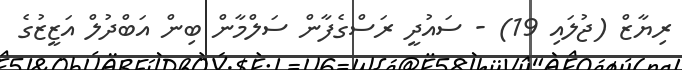
ރިޔާޒް (ޖުލައި 19) - ސައުދީ ރަސްގެފާން ސަލްމާން ބިން އަބްދުލް އަޒީޒުގެ